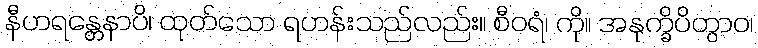
နီဟရန္တေနာပိ၊ ထုတ်သော ရဟန်းသည်လည်း။ စီဝရံ၊ ကို။ အနုက္ခိပိတွာဝ၊